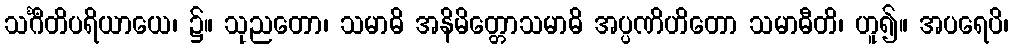
သင်္ဂီတိပရိယာယေ၊ ၌။ သုညတော၊ သမာဓိ အနိမိတ္တောသမာဓိ အပ္ပဏိဟိတော သမာဓီတိ၊ ဟူ၍။ အပရေပိ၊